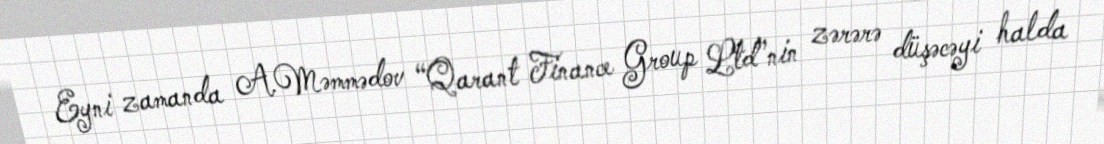
Eyni zamanda A.Məmmədov “Qarant Finance Group Ltd”nin zərərə düşəcəyi halda